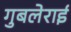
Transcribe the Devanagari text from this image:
गुबलेराई